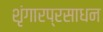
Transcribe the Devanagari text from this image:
शृंगारप्रसाधन